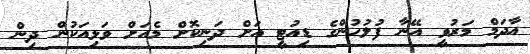
އާދަމް މަރުވީ އޭނާ ފުލުހުންގެ ޑިއުޓީ އަށް ދަނިކޮށް މެއަށް ވަޅިއަކުން ދިން